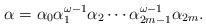
LaTeX: \begin{align*}\alpha=\alpha_0\alpha_1^{\omega-1}\alpha_2\cdots \alpha_{2m-1}^{\omega-1}\alpha_{2m}.\end{align*}